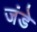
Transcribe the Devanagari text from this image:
जंडे